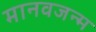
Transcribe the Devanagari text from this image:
मानवजन्म